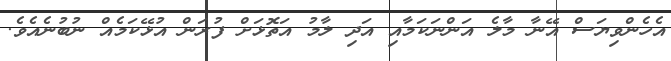
އެހެންވިޔަސް އޭނާ މާލެ އަންނަކަމާއި އަދި ލާމު އަތޮޅަށް ފުރަން އުޅޭކަމެއް ނުބުނެއެވެ.